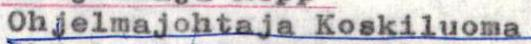
Ohjelmajohtaja Koskiluoma